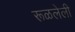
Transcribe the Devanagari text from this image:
रूळलेली